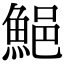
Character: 䱒